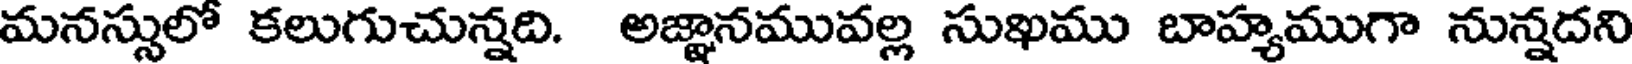
మనస్సులో కలుగుచున్నది. అజ్ఞానమువల్ల సుఖము బాహ్యముగా నున్నదని